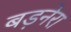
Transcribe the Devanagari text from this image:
बड़नेरा